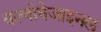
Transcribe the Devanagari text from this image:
वल्वोवेजाइनल